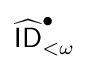
{\widehat {\mathsf {ID}}}_{<\omega }^{\bullet }